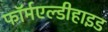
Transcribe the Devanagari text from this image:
फॉर्मएल्डीहाइड